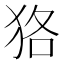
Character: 狢